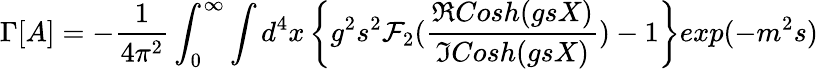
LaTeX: \Gamma[A]=-\frac{1}{4\pi^{2}}\int_{0}^{\infty}\int d^{4}x\left\{ g^{2}s^{2}{\cal F}_{2}(\frac{\Re Cosh(gsX)}{\Im Cosh(gsX)})-1\right\} exp(-m^{2}s)